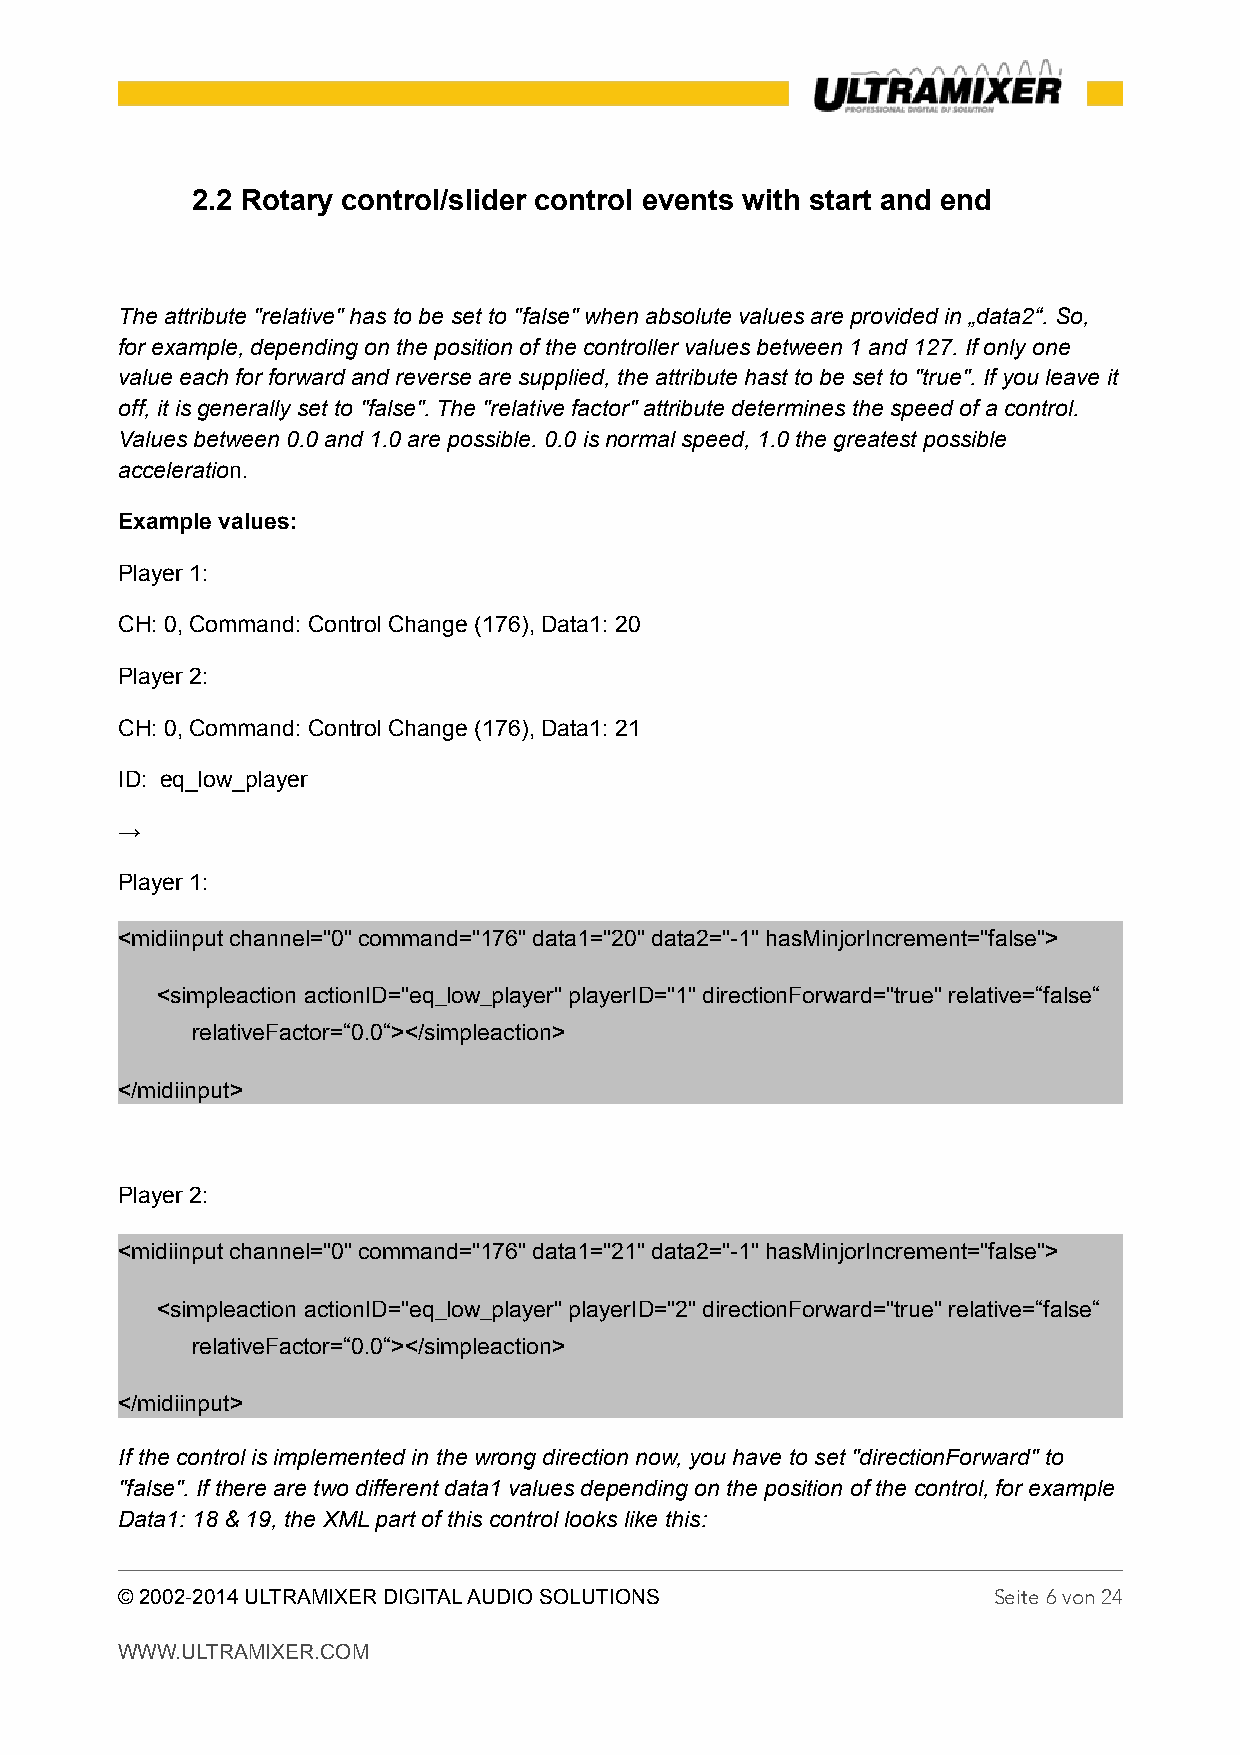
2.2 Rotary control/slider control events with start and end
 The attribute "relative" has to be set to "false" when absolute values are provided in „data2“. So,
 for example, depending on the position of the controller values between 1 and 127. If only one
 value each for forward and reverse are supplied, the attribute hast to be set to "true". If you leave it
 off, it is generally set to "false". The "relative factor" attribute determines the speed of a control.
 Values between 0.0 and 1.0 are possible. 0.0 is normal speed, 1.0 the greatest possible
 acceleration.
 Example values:
 Player 1:
 CH: 0, Command: Control Change (176), Data1: 20
 Player 2:
 CH: 0, Command: Control Change (176), Data1: 21
 ID: eq_low_player
 →
 Player 1:
 <midiinput channel="0" command="176" data1="20" data2="-1" hasMinjorIncrement="false">
 <simpleaction actionID="eq_low_player" playerID="1" directionForward="true" relative=“false“
 relativeFactor=“0.0“></simpleaction>
 </midiinput>
 Player 2:
 <midiinput channel="0" command="176" data1="21" data2="-1" hasMinjorIncrement="false">
 <simpleaction actionID="eq_low_player" playerID="2" directionForward="true" relative=“false“
 relativeFactor=“0.0“></simpleaction>
 </midiinput>
 If the control is implemented in the wrong direction now, you have to set "directionForward" to
 "false". If there are two different data1 values depending on the position of the control, for example
 Data1: 18 & 19, the XML part of this control looks like this:
 © 2002-2014 ULTRAMIXER DIGITAL AUDIO SOLUTIONS            Seite 6 von 24
 WWW.ULTRAMIXER.COM